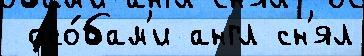
 осо́бам'и англ сн'ял